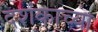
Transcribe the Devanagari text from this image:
दशंकाच्या